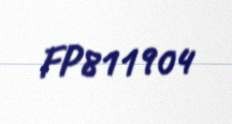
FP811904